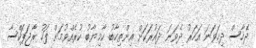
ދެހާސް ދިހަވަނަ އަހަރު ދެވަނަ ދައުރަކަށް އިންތިހާބު ކާމިޔާބު ކުރެއްވުމަށް ފަހު ރާޖަޕަކްސާ